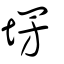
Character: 塄